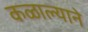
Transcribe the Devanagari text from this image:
कळाल्याने